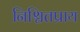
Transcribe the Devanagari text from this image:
निश्चितप्राय